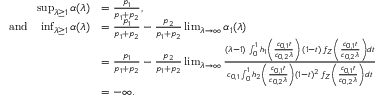
\begin{array} { r l } { \operatorname* { s u p } _ { \lambda \geq 1 } \alpha ( \lambda ) } & { = \frac { p _ { 1 } } { p _ { 1 } + p _ { 2 } } , \ } \\ { \mathrm { a n d } \quad \operatorname* { i n f } _ { \lambda \geq 1 } \alpha ( \lambda ) } & { = \frac { p _ { 1 } } { p _ { 1 } + p _ { 2 } } - \frac { p _ { 2 } } { p _ { 1 } + p _ { 2 } } \operatorname* { l i m } _ { \lambda \to \infty } \alpha _ { 1 } ( \lambda ) } \\ & { = \frac { p _ { 1 } } { p _ { 1 } + p _ { 2 } } - \frac { p _ { 2 } } { p _ { 1 } + p _ { 2 } } \operatorname* { l i m } _ { \lambda \to \infty } \frac { ( \lambda - 1 ) \, \int _ { 0 } ^ { 1 } h _ { 1 } \left( \frac { c _ { 0 , 1 } t } { c _ { 0 , 2 } \lambda } \right) \, ( 1 - t ) \, f _ { Z } \left( \frac { c _ { 0 , 1 } t } { c _ { 0 , 2 } \lambda } \right) d t } { c _ { 0 , 1 } \int _ { 0 } ^ { 1 } h _ { 2 } \left( \frac { c _ { 0 , 1 } t } { c _ { 0 , 2 } \lambda } \right) ( 1 - t ) ^ { 2 } \, f _ { Z } \left( \frac { c _ { 0 , 1 } t } { c _ { 0 , 2 } \lambda } \right) d t } } \\ & { = - \infty . } \end{array}